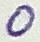
Text: 0